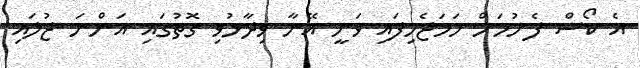
އެ ކޯސް ފެށުމަށް ހަމަޖެހިފައި ވަނީ އޭނާ ވިދާޅުވި ގޮތުގައި އަންނަ ޖުލައި